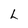
Character: L